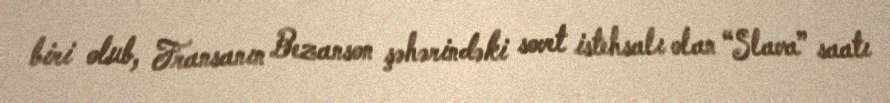
biri olub, Fransanın Bezanson şəhərindəki sovet istehsalı olan “Slava” saatı